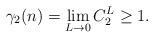
LaTeX: \begin{align*}\gamma_2(n)=\lim_{L\to0}C_2^L\ge1.\end{align*}